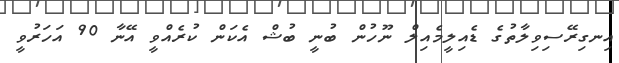
އިނގިރޭސިވިލާތުގެ ޑެއިލީމެއިލް ނޫހުން ބުނީ ބުޝް އެކަން ކުރެއްވީ އޭނާ 90 އަހަރުވީ